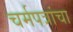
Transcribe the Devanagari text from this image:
चर्मपत्रांचा